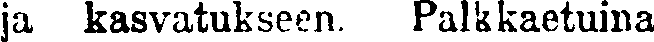
ja kasvatukseen. Palkkaetuina